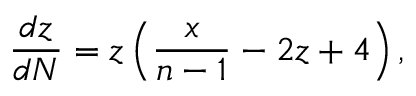
\frac { d z } { d N } = z \left( \frac { x } { n - 1 } - 2 z + 4 \right) ,